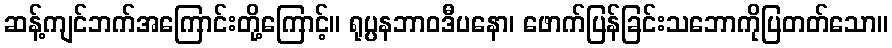
ဆန့်ကျင်ဘက်အကြောင်းတို့ကြောင့်။ ရုပ္ပနဘာဝဒီပနော၊ ဖောက်ပြန်ခြင်းသဘောကိုပြတတ်သော။